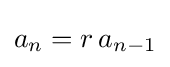
a_{n}=r\,a_{n-1}